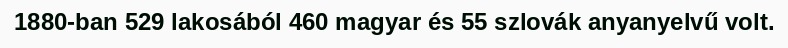
1880-ban 529 lakosából 460 magyar és 55 szlovák anyanyelvű volt.